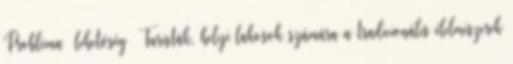
Probléma lehetőség ▪Turisták, helyi lakosok számára a tradicionális élelmiszerek